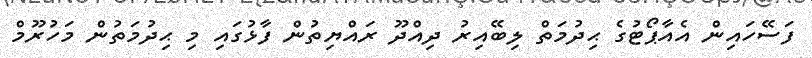
ފަސޭހައިން އެއާޕޯޓުގެ ޙިދުމަތް ލިބޭއިރު ދިއްދޫ ރައްޔިތުން ފާޅުގައި މި ޙިދުމަތުން މަހުރޫމް